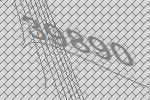
39890